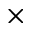
\times